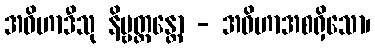
အဝိဟာဒီသု နိဗ္ဗတ္တန္တော - အဝိဟာအစရှိသော၊